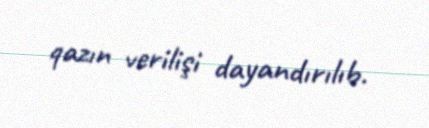
qazın verilişi dayandırılıb.